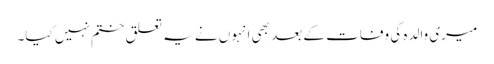
میری والدہ کی وفات کے بعد بھی انہوں نے یہ تعلق ختم نہیں کیا۔